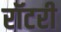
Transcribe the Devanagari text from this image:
रॉटरी